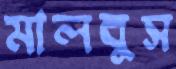
মালবুস